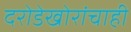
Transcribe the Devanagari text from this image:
दरोडेखोरांचाही